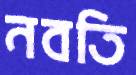
নবতি